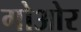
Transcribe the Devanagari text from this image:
गोओर